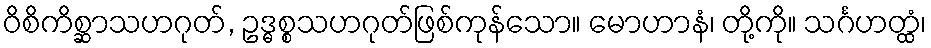
ဝိစိကိစ္ဆာသဟဂုတ်, ဥဒ္ဓစ္စသဟဂုတ်ဖြစ်ကုန်သော။ မောဟာနံ၊ တို့ကို။ သင်္ဂဟတ္ထံ၊